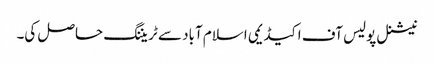
نیشنل پولیس آف اکیڈیمی اسلام آباد سے ٹریننگ حاصل کی۔